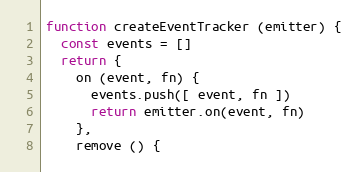
Language: JavaScript
function createEventTracker (emitter) {
  const events = []
  return {
    on (event, fn) {
      events.push([ event, fn ])
      return emitter.on(event, fn)
    },
    remove () {